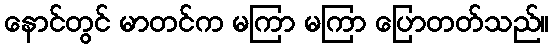
နောင်တွင် မာတင်က မကြာ မကြာ ပြောတတ်သည်။